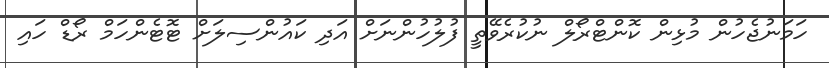
ހަމަނުޖެހުން މުޅިން ކޮންޓްރޯލް ނުކުރެވޭތީ ފުލުހުންނަށް އަދި ކައުންސިލަށް ޓޮޓެންހަމް ރޯޑް ހައި